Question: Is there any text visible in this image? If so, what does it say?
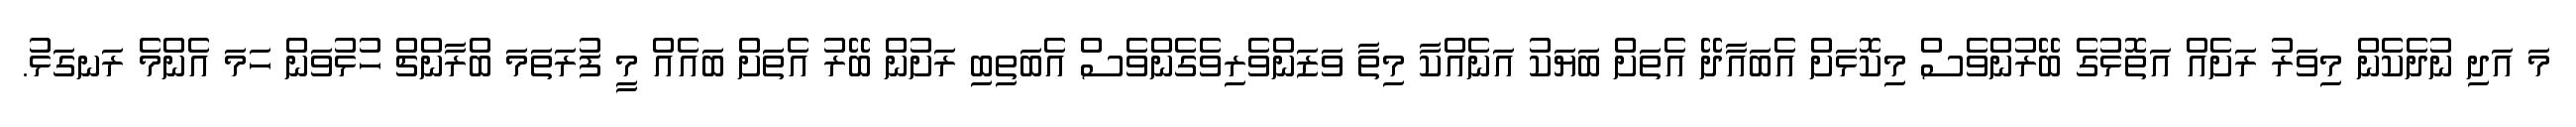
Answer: މަ އަދި ނުދެކެން މިވަރު ރަށެއް އަތޮޅުގެ ބޭރުންވެސް މިކޮޅަށް އެބައާދޭ އެތަށް ބަޔަކު އަނެއްކާ މިތާ ވަޒަންވެރިވެގެންވެސް އެބަތިބި ރަށުން ބޭރު އެތަށް ބައެއް މީ ފުރަތަމަ ބްރާންޗް ހުޅުވަން ހަމަ އެންމެ ރަނގަޅު.